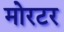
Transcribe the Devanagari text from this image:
मोरटर